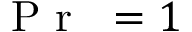
\mathrm { ~ \textit ~ { ~ P ~ r ~ } ~ } = 1